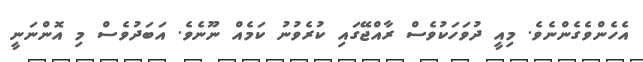
އެހެންވެގެންނެވެ. މިއީ ދުވަހަކުވެސް ރާއްޖޭގައި ކުރެވުނު ކަމެއް ނޫނެވެ. އަބަދުވެސް މި އޮންނަނީ